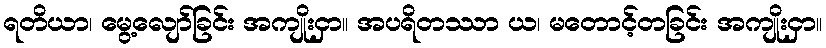
ရတိယာ၊ မွေ့လျော်ခြင်း အကျိုးငှာ။ အပရိတဿာ ယ၊ မတောင့်တခြင်း အကျိုးငှာ။